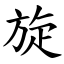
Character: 旋